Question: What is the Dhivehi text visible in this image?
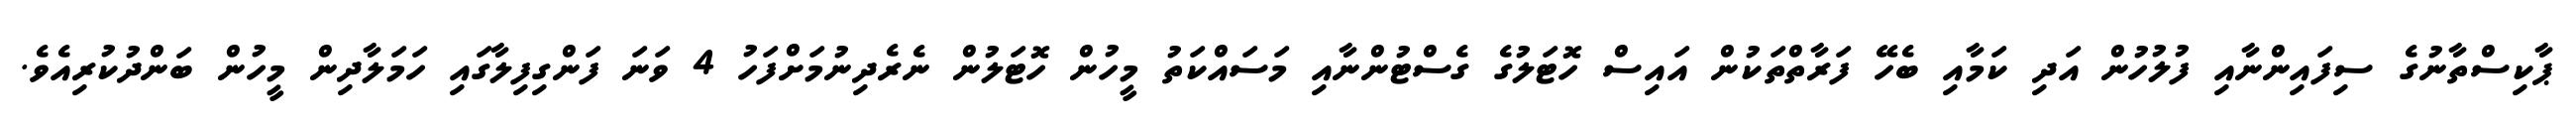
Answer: ޕާކިސްތާނުގެ ސިފައިންނާއި ފުލުހުން އަދި ކަމާއި ބެހޭ ފަރާތްތަކުން އައިސް ހޮޓަލުގެ ގެސްޓުންނާއި މަސައްކަތު މީހުން ހޮޓަލުން ނެރެދިނުމަށްފަހު 4 ވަނަ ފަންގިފިލާގައި ހަމަލާދިން މީހުން ބަންދުކުރިއެވެ.